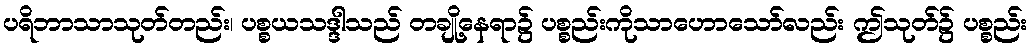
ပရိဘာသာသုတ်တည်း၊ ပစ္စယသဒ္ဒါသည် တချို့နေရာ၌ ပစ္စည်းကိုသာဟောသော်လည်း ဤသုတ်၌ ပစ္စည်း